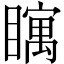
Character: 𪿀